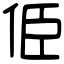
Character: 𠈄